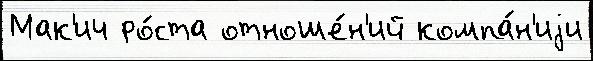
Мак'ич ро́ста отноше́н'ий компа́н'иjи